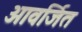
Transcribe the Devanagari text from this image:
आवर्जित